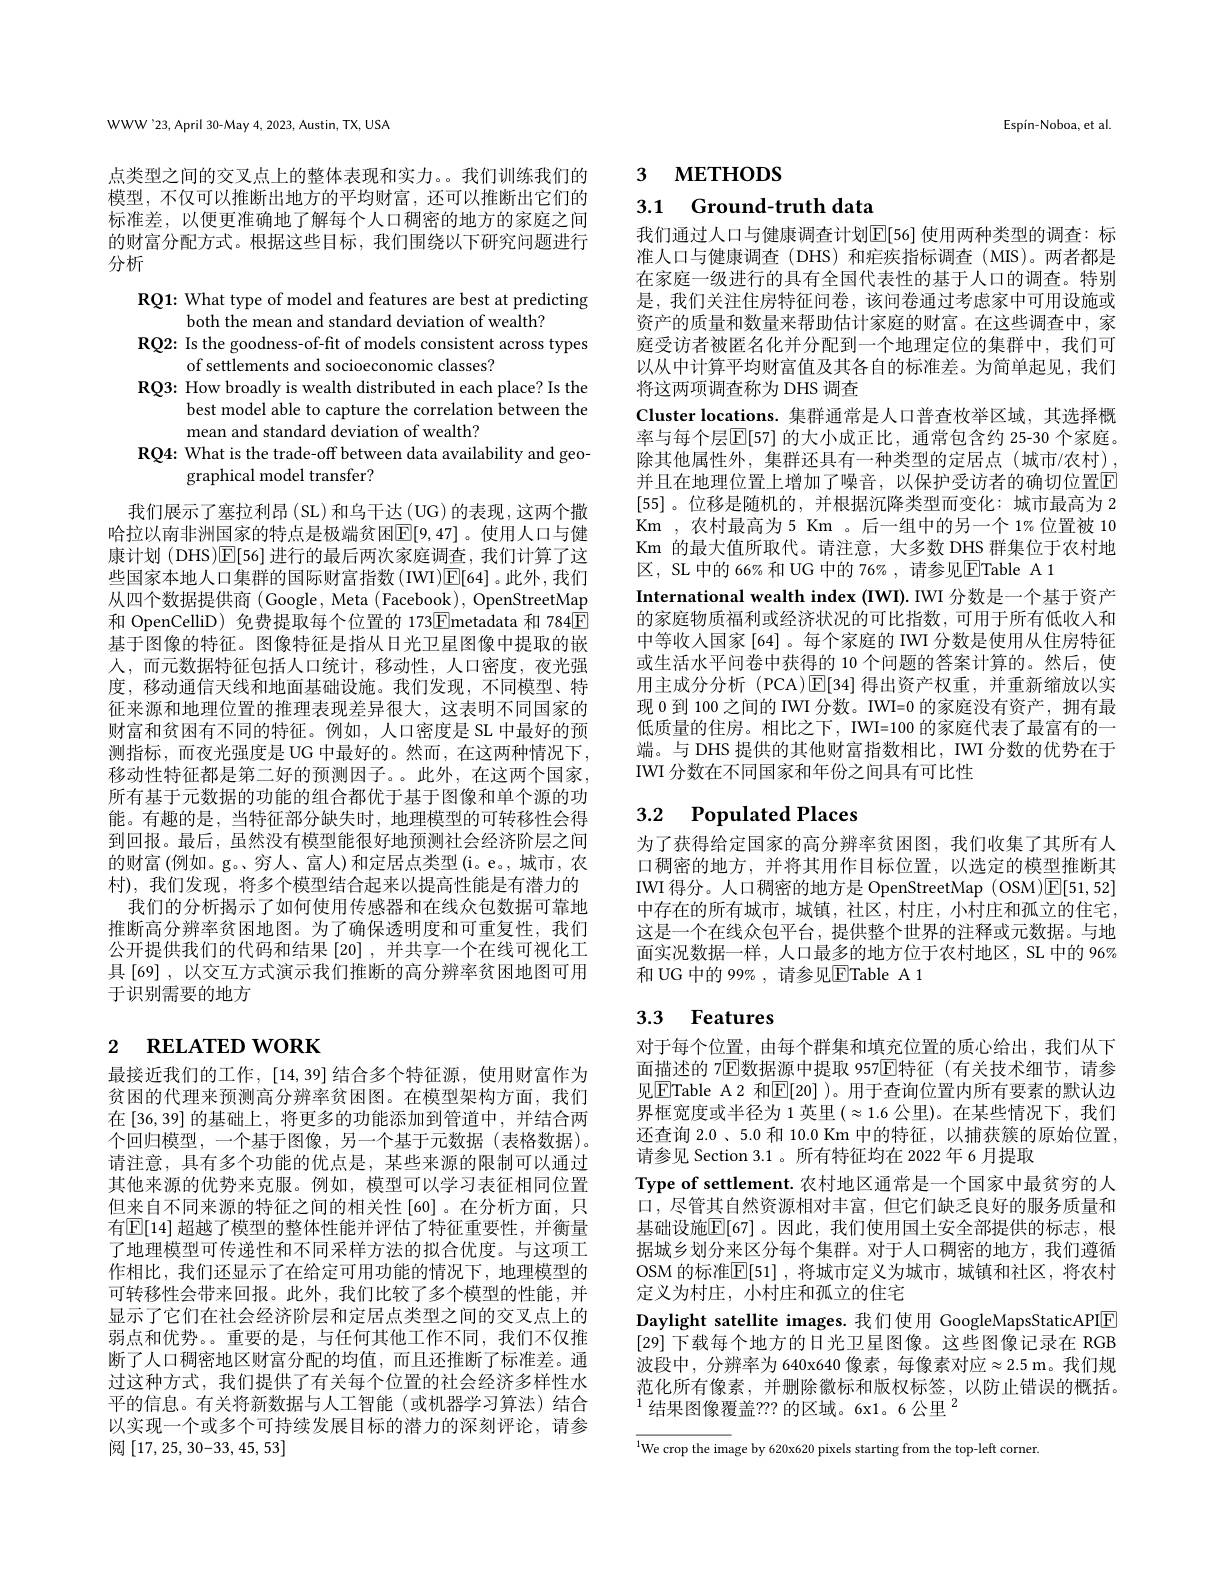
WWW'23, April 30-May 4, 2023, Austin, TX, USA

点类型之间的交叉点上的整体表现和实力。。我们训练我们的模型，不仅可以推断出地方的平均财富，还可以推断出它们的标准差，以便更准确地了解每个人口稠密的地方的家庭之间的财富分配方式。根据这些目标，我们围绕以下研究问题进行分析

RQ1: What type of model and features are best at predicting
both the mean and standard deviation of wealth?
RQ2: Is the goodness-of-fit of models consistent across types
of settlements and socioeconomic classes?
RQ3: How broadly is wealth distributed in each place? Is the
best model able to capture the correlation between the
mean and standard deviation of wealth?
RQ4: What is the trade-off between data availability and geo-
graphical model transfer?

我们展示了塞拉利昂 (SL)和乌干达 (UG) 的表现，这两个撒哈拉以南非洲国家的特点是极端贫困$\mathbb{E}[9,47]$。使用人口与健康计划 (DHS)$\mathbb{E}[56]$进行的最后两次家庭调查，我们计算了这些国家本地人口集群的国际财富指数(IWI)$\overline{\mathbb{E}}[64]$。此外，我们从四个数据提供商(Google, Meta (Facebook), OpenStreetMap 和 OpenCelliD) 免费提取每个位置的 173$\boxed{\mathrm{F}}$metadata 和 784$\boxed{\mathrm{E}}$ 基于图像的特征。图像特征是指从日光卫星图像中提取的嵌人，而元数据特征包括人口统计，移动性，人口密度，夜光强度，移动通信天线和地面基础设施。我们发现，不同模型、特征来源和地理位置的推理表现差异很大，这表明不同国家的财富和贫困有不同的特征。例如，人口密度是 SL 中最好的预测指标，而夜光强度是 UG 中最好的。然而，在这两种情况下， 移动性特征都是第二好的预测因子。。此外，在这两个国家， 所有基于元数据的功能的组合都优于基于图像和单个源的功能。有趣的是，当特征部分缺失时，地理模型的可转移性会得到回报。最后，虽然没有模型能很好地预测社会经济阶层之间的财富 (例如。g。、穷人、富人)和定居点类型 (i。e。, 城市，农村),我们发现，将多个模型结合起来以提高性能是有潜力的
我们的分析揭示了如何使用传感器和在线众包数据可靠地推断高分辨率贫困地图。为了确保透明度和可重复性，我们公开提供我们的代码和结果[20],并共享一个在线可视化工具 [69] , 以交互方式演示我们推断的高分辨率贫困地图可用于识别需要的地方

# 2 RELATED WORK

最接近我们的工作，[14,39]结合多个特征源，使用财富作为贫困的代理来预测高分辨率贫困图。在模型架构方面，我们在 [36, 39] 的基础上，将更多的功能添加到管道中，并结合两个回归模型，一个基于图像，另一个基于元数据(表格数据)。请注意，具有多个功能的优点是，某些来源的限制可以通过其他来源的优势来克服。例如，模型可以学习表征相同位置但来自不同来源的特征之间的相关性[60]。在分析方面，只有$\mathbb{E}[14]$ 超越了模型的整体性能并评估了特征重要性，并衡量了地理模型可传递性和不同采样方法的拟合优度。与这项工作相比，我们还显示了在给定可用功能的情况下，地理模型的可转移性会带来回报。此外，我们比较了多个模型的性能，并显示了它们在社会经济阶层和定居点类型之间的交叉点上的弱点和优势。。重要的是，与任何其他工作不同，我们不仅推断了人口稠密地区财富分配的均值，而且还推断了标准差。通过这种方式，我们提供了有关每个位置的社会经济多样性水平的信息。有关将新数据与人工智能(或机器学习算法)结合以实现一个或多个可持续发展目标的潜力的深刻评论，请参阅[17,25,30-33,45,53]

Espín-Noboa, et al.

# 3 МЕТНОDS

3.1 Ground-truth data

我们通过人口与健康调查计划$\mathbb{E}[56]$ 使用两种类型的调查：标准人口与健康调查(DHS)和疟疾指标调查(MIS)。两者都是在家庭一级进行的具有全国代表性的基于人口的调查。特别是，我们关注住房特征问卷，该问卷通过考虑家中可用设施或资产的质量和数量来帮助估计家庭的财富。在这些调查中，家庭受访者被匿名化并分配到一个地理定位的集群中，我们可以从中计算平均财富值及其各自的标准差。为简单起见，我们将这两项调查称为 DHS 调查
Cluster locations. 集群通常是人口普查枚举区域，其选择概率与每个层$\mathbb{E}[57]$ 的大小成正比，通常包含约 25-30 个家庭。除其他属性外，集群还具有一种类型的定居点(城市/农村), 并且在地理位置上增加了噪音，以保护受访者的确切位置$\overline{\mathrm{E}}$ [55] 。位移是随机的，并根据沉降类型而变化：城市最高为 2 Km ,农村最高为 5 Km 。后一组中的另一个 1%位置被 10 Km 的最大值所取代。请注意，大多数 DHS 群集位于农村地区，SL 中的 66% 和 UG 中的 76% , 请参见$\overline{\mathrm{E}}$Table A 1
International wealth index (IWI). IWI 分数是一个基于资产的家庭物质福利或经济状况的可比指数，可用于所有低收入和中等收人国家 [64] 。每个家庭的 IWT 分数是使用从住房特征或生活水平问卷中获得的 10 个问题的答案计算的。然后，使用主成分分析 (PCA)$\operatorname{E}[34]$得出资产权重，并重新缩放以实现 0 到 100 之间的 IWI 分数。IWI=0 的家庭没有资产，拥有最低质量的住房。相比之下，IWI=100 的家庭代表了最富有的一端。与 DHS 提供的其他财富指数相比，IWI 分数的优势在于IWI 分数在不同国家和年份之间具有可比性

# 3.2 $\textbf{Populated Places}$

为了获得给定国家的高分辨率贫困图，我们收集了其所有人口稠密的地方，并将其用作目标位置，以选定的模型推断其IWI 得分。人口稠密的地方是 OpenStreetMap (OSM)$\overline{\mathbb{E}}[51,52]$ 中存在的所有城市，城镇，社区，村庄，小村庄和孤立的住宅， 这是一个在线众包平台，提供整个世界的注释或元数据。与地面实况数据一样，人口最多的地方位于农村地区，SL 中的 96% 和 UG 中的 99% , 请参见$\overline{\mathrm{E}}$Table A 1

# 3.3 Features

对于每个位置，由每个群集和填充位置的质心给出，我们从下面描述的 7$\overline{\mathrm{E}}$数据源中提取 957$\mathbb{E}$特征 (有关技术细节，请参见$\boxed{\mathrm{E}}$Table A2 和$\boxed{\mathrm{E}}[20]$ )。用于查询位置内所有要素的默认边界框宽度或半径为 1 英里$(\approx1.6$公里)。在某些情况下，我们还查询 2.0 、5.0 和 10.0 Km 中的特征，以捕获簇的原始位置， 请参见 Section 3.1 。所有特征均在 2022 年 6 月提取
Type of settlement. 农村地区通常是一个国家中最贫穷的人口，尽管其自然资源相对丰富，但它们缺乏良好的服务质量和基础设施$\mathbb{E}[67]$ 。因此，我们使用国土安全部提供的标志，根据城乡划分来区分每个集群。对于人口稠密的地方，我们遵循OSM 的标准$\mathbb{E}[51]$ ,将城市定义为城市 ,城镇和社区 ,将农村定义为村庄，小村庄和孤立的住宅
Daylight satellite images.我们使用 GoogleMapsStaticAPIE [29]下载每个地方的日光卫星图像。这些图像记录在 RGB 波段中，分辨率为 640x640 像素，每像索对应$\approx2.5$ m。我们规范化所有像素，并删除徽标和版权标签，以防止错误的概括。$^{1}$结果图像覆盖？? 的区域。6x1。6公里$^2$

$\overline{^{1}\text{We crop the image by 620x620 pixels starting from the top-left corner.}}$